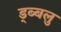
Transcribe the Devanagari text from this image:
ड्ब्बलु